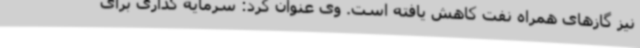
نیز گازهای همراه نفت کاهش یافته است. وی عنوان کرد: سرمایه گذاری برای